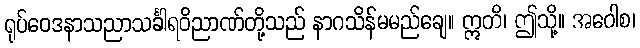
ရုပ်ဝေဒနာသညာသင်္ခါရဝိညာဏ်တို့သည် နာဂသိန်မမည်ချေ။ ဣတိ၊ ဤသို့။ အဝေါစ၊